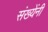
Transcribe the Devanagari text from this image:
संख्येंनी